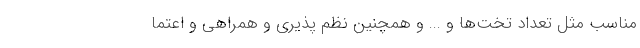
مناسب مثل تعداد تخت‌ها و ... و همچنین نظم‌ پذیری و همراهی و اعتما